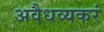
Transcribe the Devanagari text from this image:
अवैधव्यकरं